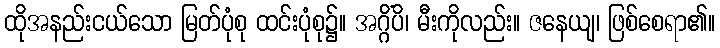
ထိုအနည်းငယ်သော မြတ်ပုံစု ထင်းပုံစု၌။ အဂ္ဂိံပိ၊ မီးကိုလည်း။ ဇနေယျ၊ ဖြစ်စေရာ၏။